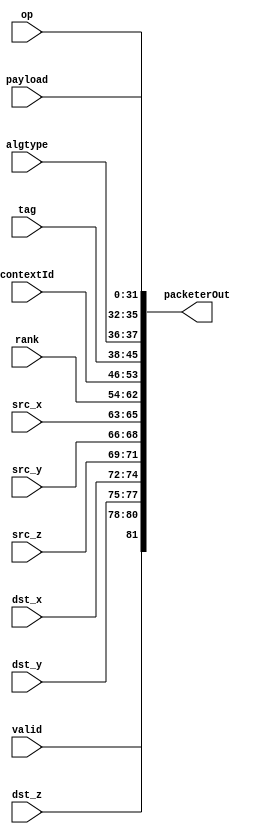
module packeter(packeterOut, payload, op, algtype, tag, contextId, rank, src_x, src_y, src_z, dst_x, dst_y, dst_z, valid);

//////////////////////////////////////////
//current rank, root, and world size
parameter cur_rank = 9'b0;
parameter root = 9'b0;
parameter rank_z = 3'b0;
parameter rank_y = 3'b0;
parameter rank_x = 3'b0;
parameter root_z = 3'b0;
parameter root_y = 3'b0;
parameter root_x = 3'b0;

parameter lg_numprocs = 3;
parameter num_procs = 1 << lg_numprocs;

///////////////////////////////////////////
//packet structure
parameter PayloadWidth=32;
parameter opPos = PayloadWidth;
parameter opWidth = 4;
parameter AlgTypePos = opPos+opWidth;
parameter AlgTypeWidth = 2;
parameter TagPos=AlgTypePos+AlgTypeWidth;
parameter TagWidth = 8;
parameter ContextIdPos = TagPos+TagWidth;
parameter ContextIdWidth = 8;
parameter RankPos = ContextIdPos + ContextIdWidth;
parameter RankWidth = 9;
parameter Src_XPos = RankPos+RankWidth;
parameter Src_XWidth = 3;
parameter Src_YPos = Src_XPos+Src_XWidth;
parameter Src_YWidth = 3;
parameter Src_ZPos = Src_YPos+Src_YWidth;
parameter Src_ZWidth = 3;
parameter Dst_XPos = Src_ZPos+Src_ZWidth;
parameter Dst_XWidth = 3;
parameter Dst_YPos = Dst_XPos+Dst_XWidth;
parameter Dst_YWidth = 3;
parameter Dst_ZPos = Dst_YPos+Dst_YWidth;
parameter Dst_ZWidth = 3;
parameter SrcPos = Src_XPos;
parameter SrcWidth = Src_XWidth+Src_YWidth+Src_ZWidth;
parameter DstPos = Dst_XPos;
parameter DstWidth = Dst_XWidth+Dst_YWidth+Dst_ZWidth;
parameter ValidBitPos = Dst_ZPos+Dst_ZWidth;
parameter FlitWidth = ValidBitPos + 1;


/////////////////////////////////////////
//children and countdown
parameter ChildrenPos=ValidBitPos+1;
parameter ChildrenWidth=lg_numprocs;
parameter WaitPos = ChildrenPos+ChildrenWidth;
parameter WaitWidth = 4;
parameter ExtraWaitPos=WaitPos+WaitWidth;
parameter LeafBitPos=ExtraWaitPos+1;

 
//////////////////////////////////////////
//reduce unit table and adder
parameter ReductionTableWidth = LeafBitPos+1;
parameter ReductionTableSize = 2;
parameter AdderLatency = 14;
parameter ReductionBitPos=opPos+opWidth-1;


///////////////////////////////////////
//fifo
parameter fifo_lg_size = 12;
parameter FifoSize = 1<<fifo_lg_size;

/////////////////////////////////////
//communicator table
parameter CommTableWidth = (lg_numprocs+2)*DstWidth + lg_numprocs*2+2;
parameter CommTableSize = 4;
parameter lgCommSizePos = lg_numprocs*DstWidth;
parameter CommChildrenPos = lgCommSizePos+lg_numprocs+1;
parameter LocalRankPos = CommChildrenPos + lg_numprocs;
parameter NewCommWidth = CommTableWidth+ContextIdWidth;

////////////////////////////////////
//algorithmic opcodes
parameter Scan = 4'b0011;
parameter AlltoAll = 4'b0100;
parameter LargeBcast = 4'b0101;
parameter MediumBcast = 4'b0110;
parameter ShortBcast = 4'b0111;
parameter Scatter = 4'b1000;
parameter LargeAllGather = 4'b1001;
parameter ShortAllGather = 4'b1010;
parameter Gather = 4'b1011;
parameter ShortReduce = 4'b1100;
parameter LargeReduce = 4'b1101;
parameter ShortAllReduce = 4'b1110;
parameter LargeAllReduce = 4'b1111;

////////////////////////////////////

input [PayloadWidth-1:0]payload;
input [opWidth-1:0] op;
input [AlgTypeWidth-1:0] algtype;
input [TagWidth-1:0] tag;
input [ContextIdWidth-1:0] contextId;
input [DstWidth-1:0]rank;
input [Src_XWidth-1:0] src_x, src_y, src_z;
input [Dst_XWidth-1:0] dst_x, dst_y, dst_z;
input valid;
output [FlitWidth-1:0]packeterOut;


assign packeterOut[PayloadWidth-1:0] = payload;
assign packeterOut[opPos+opWidth-1:opPos] = op;
assign packeterOut[AlgTypePos+AlgTypeWidth-1:AlgTypePos] = algtype;
assign packeterOut[TagPos+TagWidth-1:TagPos] = tag;
assign packeterOut[ContextIdPos+ContextIdWidth-1:ContextIdPos] = contextId;
assign packeterOut[RankPos+RankWidth-1:RankPos] = rank;
assign packeterOut[Src_XPos+Src_XWidth-1:Src_XPos] = src_x;
assign packeterOut[Src_YPos+Src_YWidth-1:Src_YPos] = src_y;
assign packeterOut[Src_ZPos+Src_ZWidth-1:Src_ZPos] = src_z;
assign packeterOut[Dst_XPos+Dst_XWidth-1:Dst_XPos] = dst_x;
assign packeterOut[Dst_YPos+Dst_YWidth-1:Dst_YPos] = dst_y;
assign packeterOut[Dst_ZPos+Dst_ZWidth-1:Dst_ZPos] = dst_z;
assign packeterOut[ValidBitPos] = valid;


endmodule